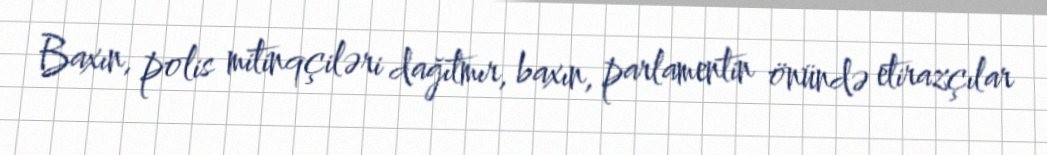
Baxın, polis mitinqçiləri dağıtmır, baxın, parlamentin önündə etirazçılar